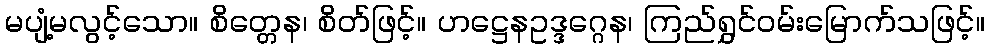
မပျံ့မလွင့်သော။ စိတ္တေန၊ စိတ်ဖြင့်။ ဟဋ္ဌေနဥဒ္ဒဂ္ဂေန၊ ကြည်ရွှင်ဝမ်းမြောက်သဖြင့်။